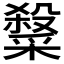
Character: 𭯂